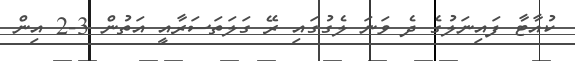
ކުއާޓާ ފައިނަލުގެ ދެ ވަނަ ލެގުގައި ރޭ ގަލަތަސަރާއީ އަތުން 3-2 އިން